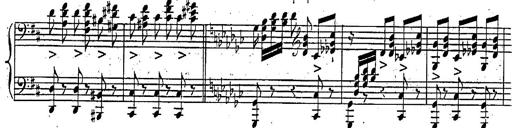
Title: Marche et Cavatine de Lucie de Lammermoor, S.398
Composer: Franz Liszt